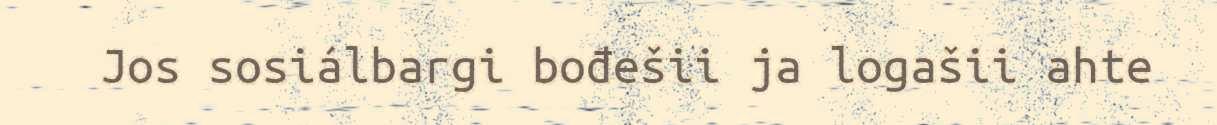
Jos sosiálbargi bođešii ja logašii ahte